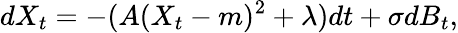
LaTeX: dX_{t}=-(A(X_{t}-m)^{2}+\lambda)dt+\sigma dB_{t},